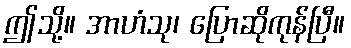
ဤသို့။ အာဟံသု၊ ပြောဆိုကုန်ပြီ။